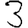
Digit: 3